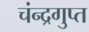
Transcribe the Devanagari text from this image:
चंन्द्रगुप्त